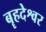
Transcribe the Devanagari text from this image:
बॄहदेश्वर